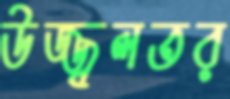
উজ্জ্বলতর